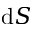
\mathrm { d } S